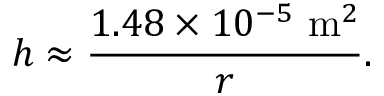
h \approx { \frac { 1 . 4 8 \times 1 0 ^ { - 5 } \ { \mathrm { m } } ^ { 2 } } { r } } .